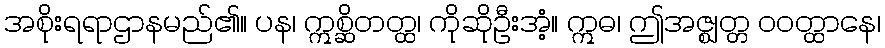
အစိုးရရာဌာနမည်၏။ ပန၊ ဣစ္ဆိတတ္ထ၊ ကိုဆိုဦးအံ့။ ဣဓ၊ ဤအဇ္ဈတ္တ ဝဝတ္ထာနေ၊